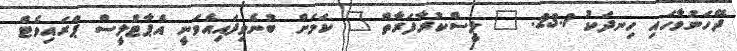
ދޭހަނުވާހައި ހިނދަކު 23.1. " ލީސްކުރާފަރާތް " ކަމަށް ބުނެވިފައިއެވަނީ އެޕާޓްލީސް ޕްރައިވެޓް